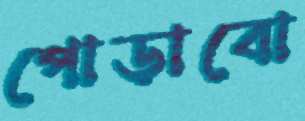
পোড়াবো